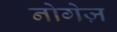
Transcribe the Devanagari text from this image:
नोगेज़